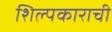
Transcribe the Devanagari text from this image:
शिल्पकाराची